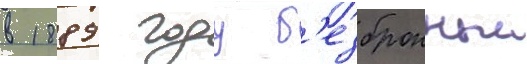
в 1889 году б'езбронныи